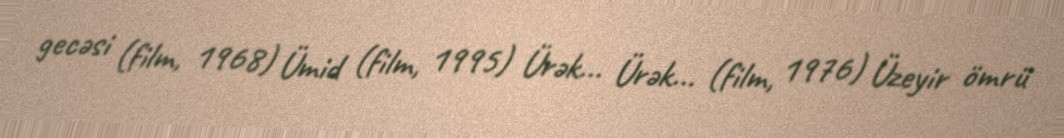
gecəsi (film, 1968) Ümid (film, 1995) Ürək... Ürək... (film, 1976) Üzeyir ömrü